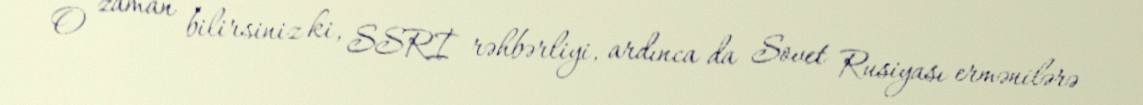
O zaman bilirsiniz ki, SSRİ rəhbərliyi, ardınca da Sovet Rusiyası ermənilərə